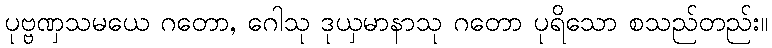
ပုဗ္ဗဏှသမယေ ဂတော, ဂေါသု ဒုယှမာနာသု ဂတော ပုရိသော စသည်တည်း။